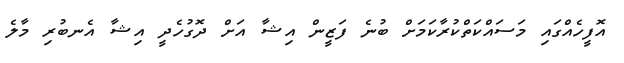
އޮފީހެއްގައި މަސައްކަތްކުރާކަމަށް ބުނެ ފަޒީން އިޝާ އަށް ދޮގުހެދީ އިޝާ އެނބުރި މާލެ